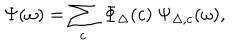
LaTeX: \Psi ( \omega ) = \sum _ { c } \ \Phi _ { \Delta } ( c ) \ \Psi _ { \Delta , c } ( \omega ) ,